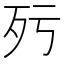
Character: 𣧁